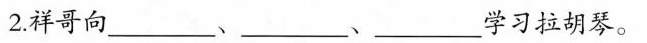
2.祥哥向___、___、___学习拉胡琴。